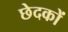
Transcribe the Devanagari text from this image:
छेदकों